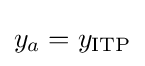
y_{a}=y_{\text{ITP}}